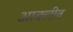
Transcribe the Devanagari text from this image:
आक्लीव